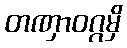
တဏှာဝဂ္ဂမှိ